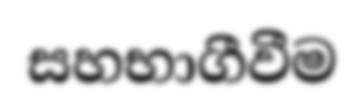
සහභාගීවීම